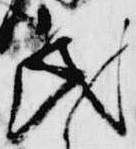
氏